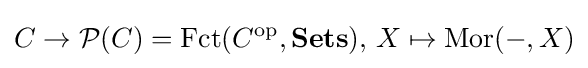
C\to {\mathcal {P}}(C)=\operatorname {Fct} (C^{\text{op}},\mathbf {Sets} ),\,X\mapsto \operatorname {Mor} (-,X)